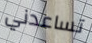
تساعدني